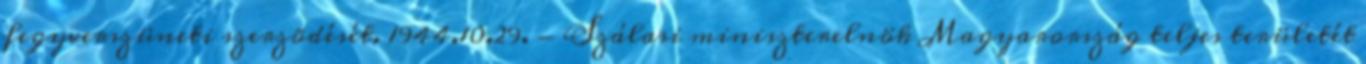
fegyverszüneti szerzõdését. 1944.10.29. - Szálasi miniszterelnök Magyarország teljes területét